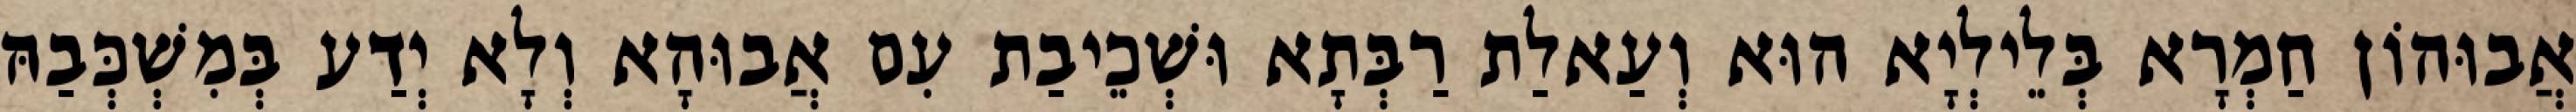
אֲבוּהוֹן חַמְרָא בְּלֵילְיָא הוּא וְעַאלַת רַבְּתָא וּשְׁכֵיבַת עִם אֲבוּהָא וְלָא יְדַע בְּמִשְׁכְּבַהּ